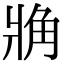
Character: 𧢼